Report of an investigation into the causes of malaria in Bombay and the measures necessary for its control
Disease focus: Malaria
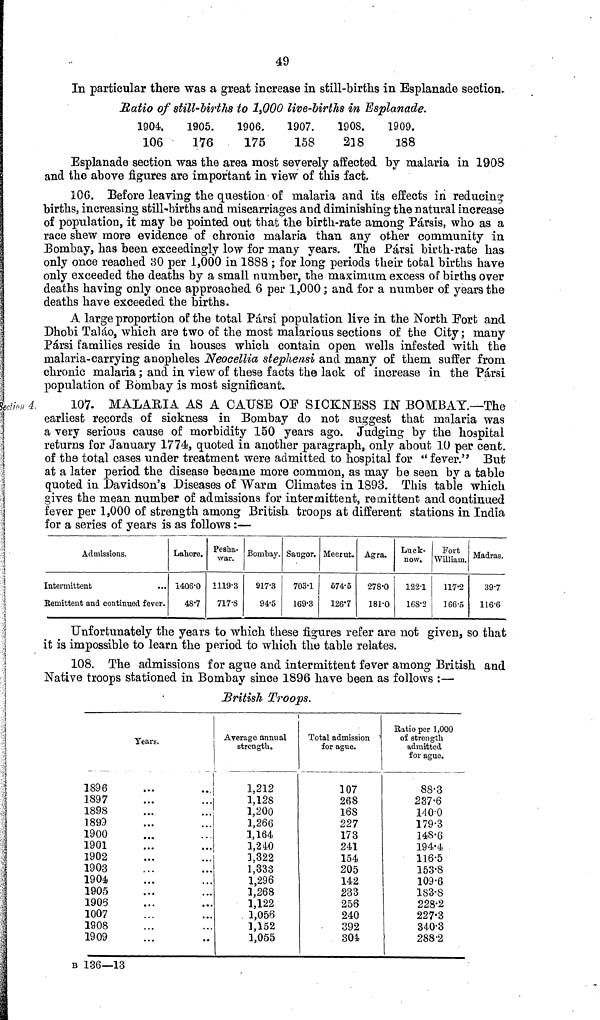
49
In particular there was a great increase in still-births in Esplanade section.
Ratio of still-births to 1,000 live-births in Esplanade.
1904.
106
1905.
176
1906.
175
1907.
158
1908.
218
1909.
188
Esplanade section was the area most severely affected by malaria in 1908
and the above figures are important in view of this fact.
106. Before leaving the question of malaria and its effects in reducing
births, increasing still-births and miscarriages and diminishing the natural increase
of population, it may be pointed out that the birth-rate among Pársis, who as a
race shew more evidence of chronic malaria than any other community in
Bombay, has been exceedingly low for many years. The Pársi birth-rate has
only once reached 30 per 1,000 in 1888 ; for long periods their total births have
only exceeded the deaths by a small number, the maximum excess of births over
deaths having only once approached 6 per 1,000 ; and for a number of years the
deaths have exceeded the births.
A large proportion of the total Pársi population live in the North Fort and
Dhobi Taláo, which are two of the most malarious sections of the City; many
Pársi families reside in houses which contain open wells infested with the
malaria-carrying anopheles Neocellia stephensi and many of them suffer from
chronic malaria ; and in view of these facts the lack of increase in the Pársi
population of Bombay is most significant.
Section 4.
107. MALARIA AS A CAUSE OF SICKNESS IN BOMBAY.—The
earliest records of sickness in Bombay do not suggest that malaria was
a very serious cause of morbidity 150 years ago. Judging by the hospital
returns for January 1774, quoted in another paragraph, only about 10 per cent.
of the total cases under treatment were admitted to hospital for "fever." But
at a later period the disease became more common, as may be seen by a table
quoted in Davidson's Diseases of Warm Climates in 1893. This table which
gives the mean number of admissions for intermittent, remittent and continued
fever per 1,000 of strength among British troops at different stations in India
for a series of years is as follows :—
Admissions.
Intermittent
Remittent and continued fever.
Lahore.
1406.0
48.7
Pesha-
war.
1119.3
717.8
Bombay.
917.3
94.5
Saugor.
703.1
169.3
Meerut.
674.5
126.7
Agra.
278.0
181.0
Luck-
now.
122.1
168.2
Port
William.
117.2
166.5
Madras.
39.7
116.6
Unfortunately the years to which these figures refer are not given, so that
it is impossible to learn the period to which the table relates.
108. The admissions for ague and intermittent fever among British and
Native troops stationed in Bombay since 1896 have been as follows :—
British Troops.
1896
1897
1898
1899
1900
1901
1902
1903
1904
1905
1905
1007
1908
1909
Years.
Average annual
strength.
1,212
1,128
1,200
1,266
1,164
1,240
1,322
1,333
1,296
1,268
1,122
1,056
1,152
1,055
Total admission
for ague.
107
268
168
227
173
241
154
205
142
233
256
240
392
304
Ratio per 1,000
of strength
admitted
for ague.
88.3
237.6
140.0
179.3
148.6
194.4
116.5
153.8
109.6
183.8
228.2
227.3
340.3
288.2
B 136—13